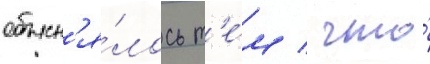
объясн'я́лось т'е́м / что́